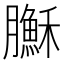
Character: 𦢦